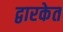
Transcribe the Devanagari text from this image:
द्वारकेत